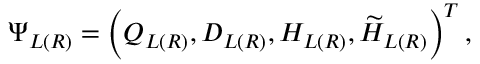
\Psi _ { L ( R ) } = \left( Q _ { L ( R ) } , D _ { L ( R ) } , H _ { L ( R ) } , \widetilde { H } _ { L ( R ) } \right) ^ { T } ,